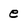
Character: e